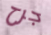
جرح